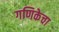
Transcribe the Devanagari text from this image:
गणिकेचा